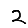
Digit: 2